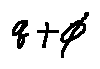
q + \phi